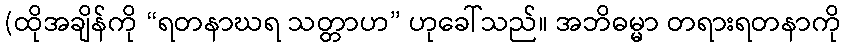
(ထိုအချိန်ကို “ရတနာဃရ သတ္တာဟ” ဟုခေါ်သည်။ အဘိဓမ္မာ တရားရတနာကို